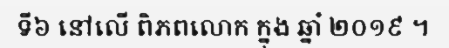
ទី៦ នៅលើ ពិភពលោក ក្នុង ឆ្នាំ ២០១៩ ។